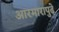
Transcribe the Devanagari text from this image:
आरमारापुढे